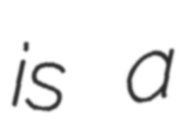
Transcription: is a